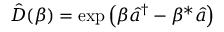
\hat { D } ( \beta ) = \exp \left( \beta \hat { a } ^ { \dagger } - \beta ^ { \ast } \hat { a } \right)